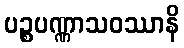
ပဉ္စပဏ္ဏာသဝဿာနိ